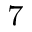
^ { 7 }